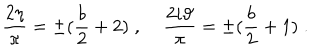
\frac { 2 \eta } \pi = \pm ( \frac b 2 + 2 ) \; , \; \frac { 2 i \vartheta } \pi = \pm ( \frac b 2 + 1 ) \; .